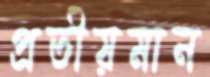
প্রতীয়মান